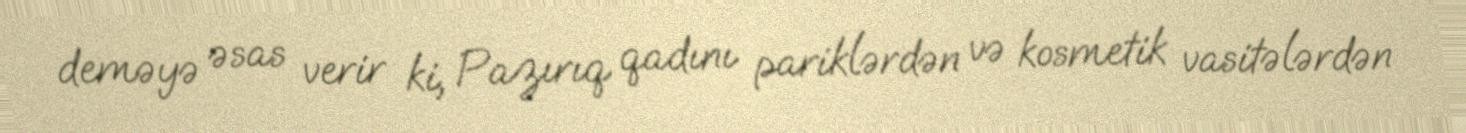
deməyə əsas verir ki, Pazırıq qadını pariklərdən və kosmetik vasitələrdən